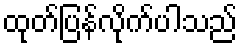
ထုတ်ပြန်လိုက်ပါသည်